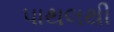
પાથલથી